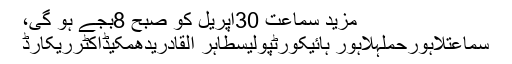
مزید سماعت 30اپریل کو صبح 8بجے ہو گی،
سماعتلاہورحملہلاہور ہائیکورٹپولیسطاہر القادریدھمکیڈاکٹرریکارڈ